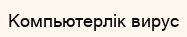
Компьютерлік вирус